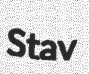
Stav